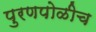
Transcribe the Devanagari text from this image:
पुरणपोळीच